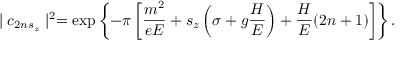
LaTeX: \mid c _ { 2 n s _ { z } } \mid ^ { 2 } = \exp \left\{ - \pi \left[ \frac { m ^ { 2 } } { e E } + s _ { z } \left( \sigma + g \frac H E \right) + \frac H E ( 2 n + 1 ) \right] \right\} .